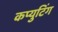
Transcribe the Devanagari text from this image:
कप्युटिंग